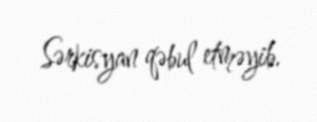
Sərkisyan qəbul etməyib.